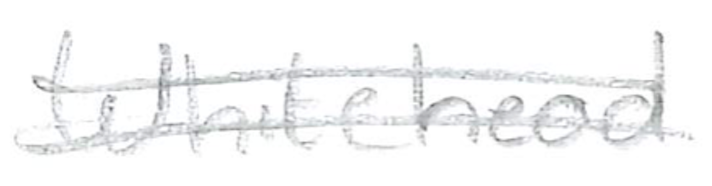
Text: Whitehead
Cross-out: mix
Writing tool: pencil